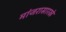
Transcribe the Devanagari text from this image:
मांजरासारखे